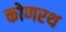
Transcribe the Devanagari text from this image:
कोणरथ